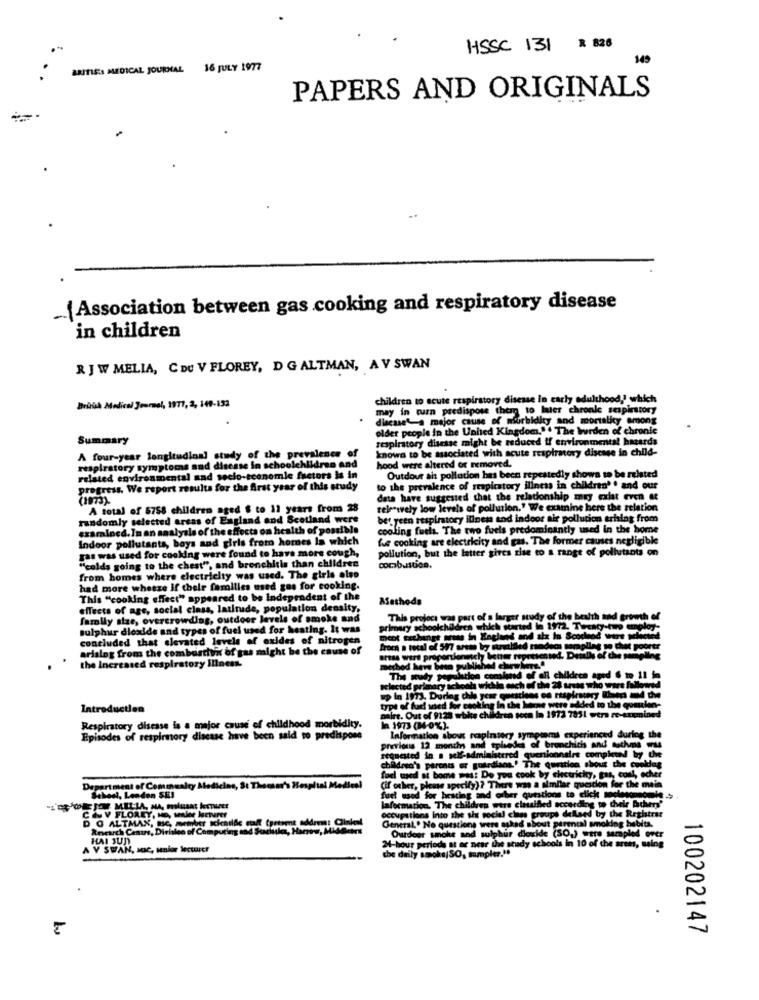
HSSC 131
R 826
145
ARITIES MEDICAL JOURNAL 16 JULY 1977
PAPERS AND ORIGINALS
..¡ Association between gas cooking and respiratory disease
in children
R J W MELIA, C DU V FLOREY, D G ALTMAN, AV SWAN
children to acute respiratory disease In early adulthood,' which
British Medical Journal, 1977, 2, 149-132
may in cuzn predispose them to later chronle sespiestory
discase"a major cause of morbidity and mortality among
older people in the United Kingdom." . The burden of chronic
Summary
respiratory disease might be reduced if environmental hazards
known to be associated with acute respiratory disease in child-
A four-year longitudinal study of the prevalence of
respiratory symptoms and disease in schoolchildren and
hidro and
hood were altered or removed.
Outdour ait pollution has been repeatedly shows to be related
related environmental and socio-economic factors is in
progress. We report results for the Arst year of this study
to the prevalence of respiratory iliness in children" . and our
(1973).
data have suggested that the relationship may exist even at
A total of 5758 children aged $ to 11 years from 28
telf wely low levels of pollution." We examine here the relation
randomly selected areas of England and Scotland were
bet yeen respiratory ilinen and indoor air pollution erhing from
examined. In an analysis of the effects on health of possible
cooling fuels. The two fuels predominantly used in the home
Indoor pollutants, boys and girls from homes In which
he cooking are electricity and gas. The former causes negligible
gas was used for cooking were found to have more cough,
pollution, but the latter gives rise to a range of pollutants on
"colds going to the chest", and bronchitis than children
combustion.
from homes where electricity was used. The girls also
had more wheeze If their families med gos for cooking.
This "cooking effect" appeared to be independent of the
ASethods
effects of age, social class, latitude, population density,
family size, overcrowding, outdoor levels of smoke and
This project was part of a larger study of the health and growth of
sulphur dioxide and types of fuel used for heating. It was
primary schoolchildren which started la 1972. Twenty-two employ-
concluded that elevated levels of oxides of nitrogen
moot exchange areas in England and als In Scochod wars schicted
arising from the combust
ombasthin of gas might be the cause of
Med modem sampling so that poorer
the Increased respiratory illness.
aress were proportionately bener represented. Details of the sampling
method have been published chewhere."
Polation comind of all children aged 6 mo 11 in
selected primary school
hodnost within each of the 28 arts who wars followed
up in 1973. During this year questions on respiratory Ihep and the
Introduction
type of fud wned for cooking In the hemne were added to the quasien-
maire. Out of 9123 while children seen In 1972 7831 wera re-examined
Respiratory disease is a major cause of childhood morbidity.
In 1973 (36-0%).
Episodes of respiratory disease have been said to predispone
Information about respiratory symptoms experienced during the
previous 12 months and spisedes of bronchitis and aathens was
requested in a self-adminiserred quenionnaire completed by the
children's parents er guardians.' The quratlon shout che cooldag
fac used at bome was: Do you cook by chetricky, gas, conl, ocher
Department of Community Medicine, St Thomas's Hospital Medical
(if other, please specify)? There was a similar question for the main
Steel, Lenden SEJ
fuel used for heating and other questions to click socleeconomie >
COV FLOREY, HO, sealer lecturer
mation. The children were classified according to their Achery'
woche
D O ALTMAN, Bc, member scientde ml (petrmt address: Cirkel
occupations into the si social class groups dellaed by the Rethirst
DO ALTMAN, ME
Research Cesars, Division of Computing and Ssaluke, Hans, Midden
General .. No questions were asked about parental smoking habits.
HAI JUD
Ourdeer smoke and sulphur dioxide (SO.) were sampled Over
of the wh
Y SWAN, Jc, senior lecturer
24-hour periods at ar near the study schools in 10 of the arem, salog
the daily smoke/SO, tampler."
100202147